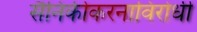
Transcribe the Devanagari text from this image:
सैनिकीकरनाविरोधी